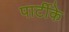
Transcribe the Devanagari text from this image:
पार्टीके